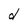
Character: d